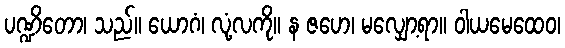
ပဏ္ဍိတော၊ သည်။ ယောဂံ၊ လုံ့လကို။ န ဇဟေ၊ မလျှော့ရာ။ ဝါယမေထေဝ၊